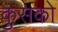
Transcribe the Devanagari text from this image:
कुसको